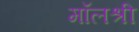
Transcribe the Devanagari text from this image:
मॉलश्री